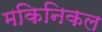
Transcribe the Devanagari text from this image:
मकिनिकल